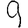
Digit: 9